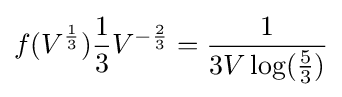
f(V^{1 \over 3}){1 \over 3}V^{-{2 \over 3}}={1 \over 3V\log({5 \over 3})}